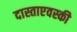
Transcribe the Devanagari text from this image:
दास्ताएवस्की